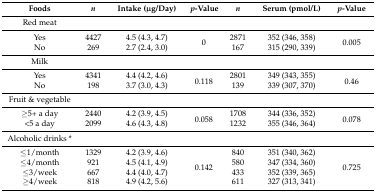
<table><thead><tr><td><b>Foods</b></td><td><b><i>n</i></b></td><td><b>Intake (μg/Day)</b></td><td><b><i>p</i>-Value</b></td><td><b><i>n</i></b></td><td><b>Serum (pmol/L)</b></td><td><b><i>p</i>-Value</b></td></tr></thead><tbody><tr><td>Red meat</td><td></td><td></td><td></td><td></td><td></td><td></td></tr><tr><td>Yes</td><td>4427</td><td>4.5 (4.3, 4.7)</td><td rowspan="2">0</td><td>2871</td><td>352 (346, 358)</td><td rowspan="2">0.005</td></tr><tr><td>No</td><td>269</td><td>2.7 (2.4, 3.0)</td><td>167</td><td>315 (290, 339)</td></tr><tr><td>Milk</td><td></td><td></td><td></td><td></td><td></td><td></td></tr><tr><td>Yes</td><td>4341</td><td>4.4 (4.2, 4.6)</td><td rowspan="2">0.118</td><td>2801</td><td>349 (343, 355)</td><td rowspan="2">0.46</td></tr><tr><td>No</td><td>198</td><td>3.7 (3.0, 4.3)</td><td>139</td><td>339 (307, 370)</td></tr><tr><td>Fruit &amp; vegetable</td><td></td><td></td><td></td><td></td><td></td><td></td></tr><tr><td>≥5+ a day</td><td>2440</td><td>4.2 (3.9, 4.5)</td><td rowspan="2">0.058</td><td>1708</td><td>344 (336, 352)</td><td rowspan="2">0.078</td></tr><tr><td>&lt;5 a day</td><td>2099</td><td>4.6 (4.3, 4.8)</td><td>1232</td><td>355 (346, 364)</td></tr><tr><td>Alcoholic drinks *</td><td></td><td></td><td></td><td></td><td></td><td></td></tr><tr><td>≤1/month</td><td>1329</td><td>4.2 (3.9, 4.6)</td><td rowspan="4">0.142</td><td>840</td><td>351 (340, 362)</td><td rowspan="4">0.725</td></tr><tr><td>≤4/month</td><td>921</td><td>4.5 (4.1, 4.9)</td><td>580</td><td>347 (334, 360)</td></tr><tr><td>≤3/week</td><td>667</td><td>4.4 (4.0, 4.7)</td><td>433</td><td>352 (339, 365)</td></tr><tr><td>≥4/week</td><td>818</td><td>4.9 (4.2, 5.6)</td><td>611</td><td>327 (313, 341)</td></tr></tbody></table>